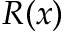
R ( x )